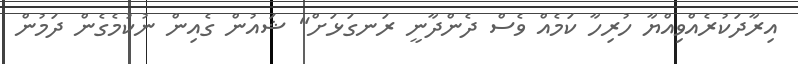
އިރާދަކުރެއްވިއްޔާ ހުރިހާ ކަމެއް ވެސް ދެންދާނީ ރަނގަޅަށް" ޝައުން ގެއިން ނުކުމެގެން ދަމުން